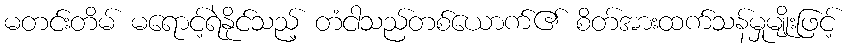
မတင်းတိမ် မရောင့်ရဲနိုင်သည့် တံငါသည်တစ်ယောက်၏ စိတ်အားထက်သန်မှုမျိုးဖြင့်